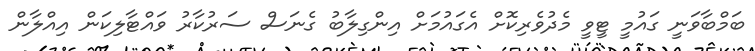
ބަމްބާވަނީ ގައުމީ ޓީވީ މެދުވެރިކޮށް އެގައުމަށް އިންގިލާބު ގެނަސް ސަރުކާރު ވައްޓާލިކަން އިއްލާން